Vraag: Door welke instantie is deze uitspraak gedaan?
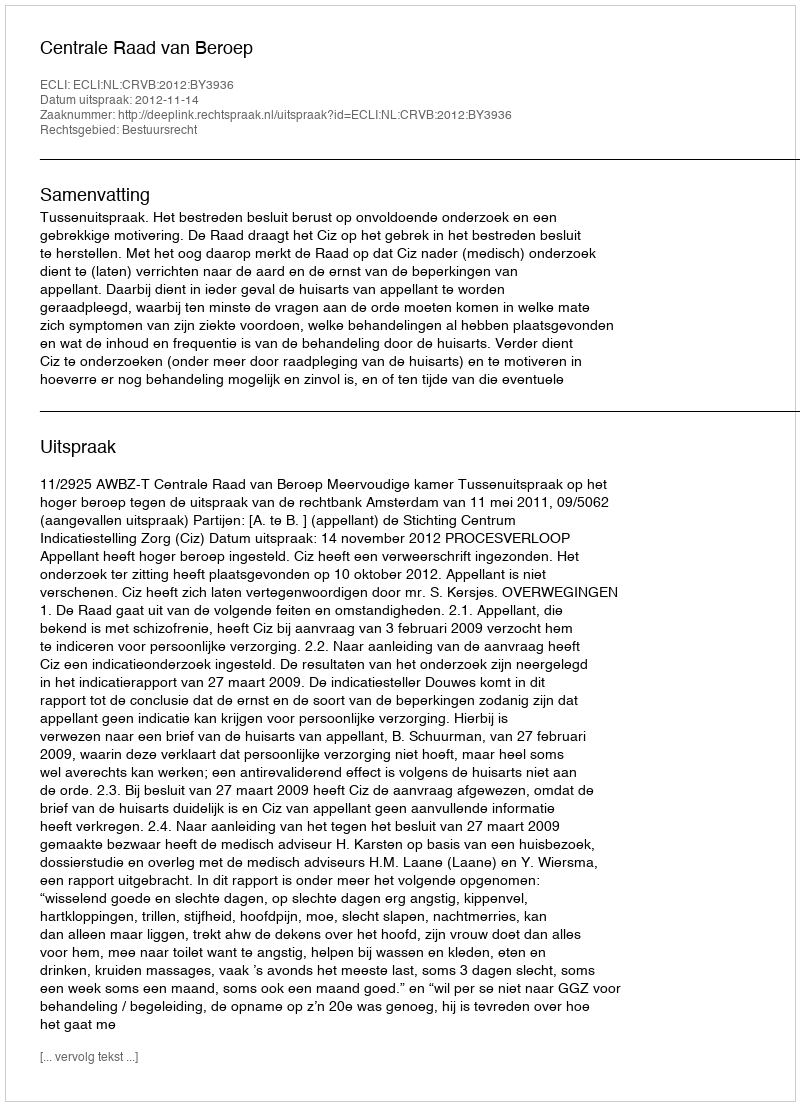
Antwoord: Centrale Raad van Beroep